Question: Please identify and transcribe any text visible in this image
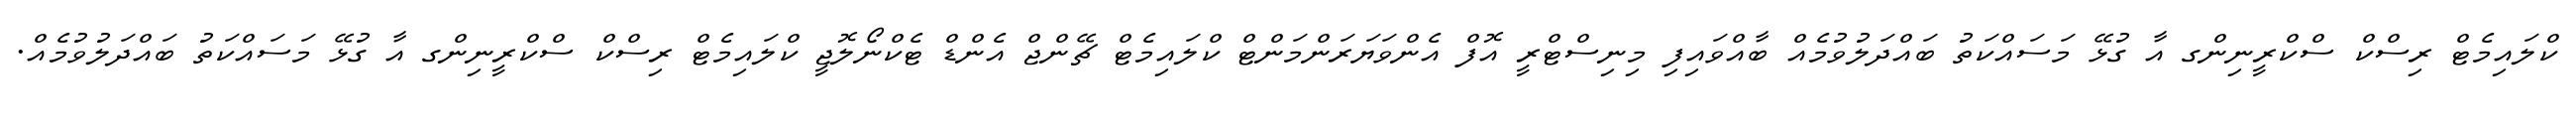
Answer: ކްލައިމެޓް ރިސްކް ސްކްރީނިންގ އާ ގުޅޭ މަސައްކަތު ބައްދަލުވުމެއް ބާއްވައިފި މިނިސްޓްރީ އޮފް އެންވަޔަރަންމަންޓް ކްލައިމެޓް ޗޭންޖް އެންޑް ޓެކްނޯލޮޖީ ކްލައިމެޓް ރިސްކް ސްކްރީނިންގ އާ ގުޅޭ މަސައްކަތު ބައްދަލުވުމެއް.